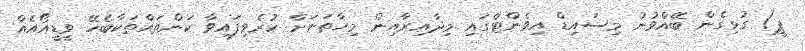
ޕީ) ގުޅިގެން ބޭއްވުނު މިސައިޑް އިވެންޓްގައި މިދާއިރާއިން މިހާތަނަށް ކުރެވިފައިވާ ކަންތައްތަކާބެހޭ ވީޑީއޯއެއް